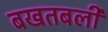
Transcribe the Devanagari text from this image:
बखतबली